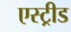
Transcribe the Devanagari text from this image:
एस्ट्रीड